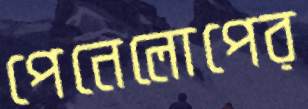
পেনেলোপের